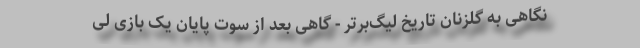
نگاهی به گلزنان تاریخ لیگ‌برتر - گاهی بعد از سوت پایان یک بازی لی